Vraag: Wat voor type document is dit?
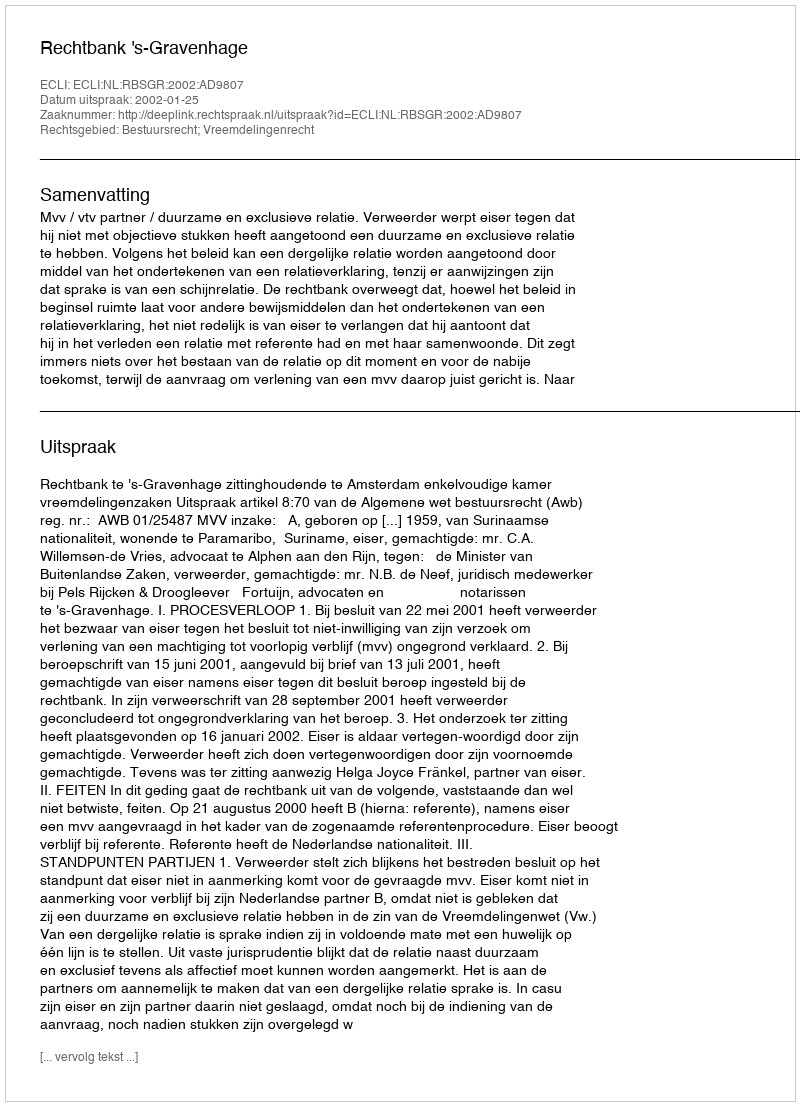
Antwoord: Uitspraak